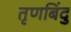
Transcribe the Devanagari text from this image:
तृणबिंदु